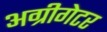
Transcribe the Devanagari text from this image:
अग्रीगेटर